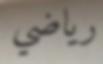
رياضي